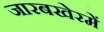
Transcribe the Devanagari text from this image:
जारबखेरमें